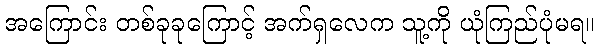
အကြောင်း တစ်ခုခုကြောင့် အက်ရှလေက သူ့ကို ယုံကြည်ပုံမရ။